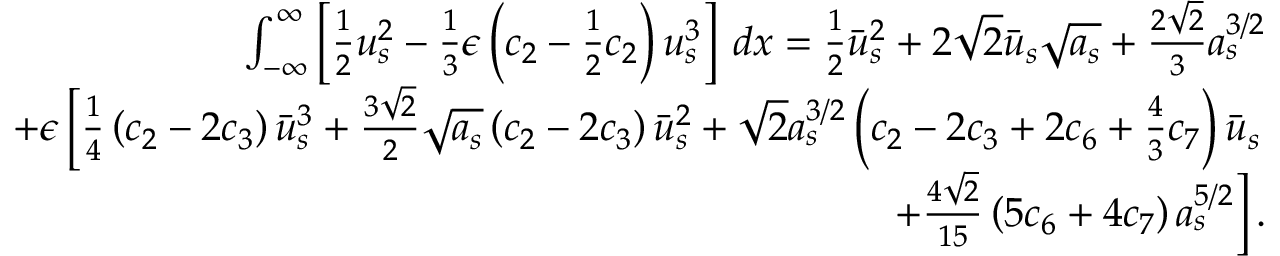
\begin{array} { r l r } & { } & { \int _ { - \infty } ^ { \infty } \left[ \frac { 1 } { 2 } u _ { s } ^ { 2 } - \frac { 1 } { 3 } \epsilon \left( c _ { 2 } - \frac { 1 } { 2 } c _ { 2 } \right) u _ { s } ^ { 3 } \right] \: d x = \frac { 1 } { 2 } \bar { u } _ { s } ^ { 2 } + 2 \sqrt { 2 } \bar { u } _ { s } \sqrt { a _ { s } } + \frac { 2 \sqrt { 2 } } { 3 } a _ { s } ^ { 3 / 2 } } \\ & { } & { \mathrm + \epsilon \left[ \frac { 1 } { 4 } \left( c _ { 2 } - 2 c _ { 3 } \right) \bar { u } _ { s } ^ { 3 } + \frac { 3 \sqrt { 2 } } { 2 } \sqrt { a _ { s } } \left( c _ { 2 } - 2 c _ { 3 } \right) \bar { u } _ { s } ^ { 2 } + \sqrt { 2 } a _ { s } ^ { 3 / 2 } \left( c _ { 2 } - 2 c _ { 3 } + 2 c _ { 6 } + \frac { 4 } { 3 } c _ { 7 } \right) \bar { u } _ { s } \right. } \\ & { } & { \left. \mathrm + \frac { 4 \sqrt { 2 } } { 1 5 } \left( 5 c _ { 6 } + 4 c _ { 7 } \right) a _ { s } ^ { 5 / 2 } \right] . } \end{array}